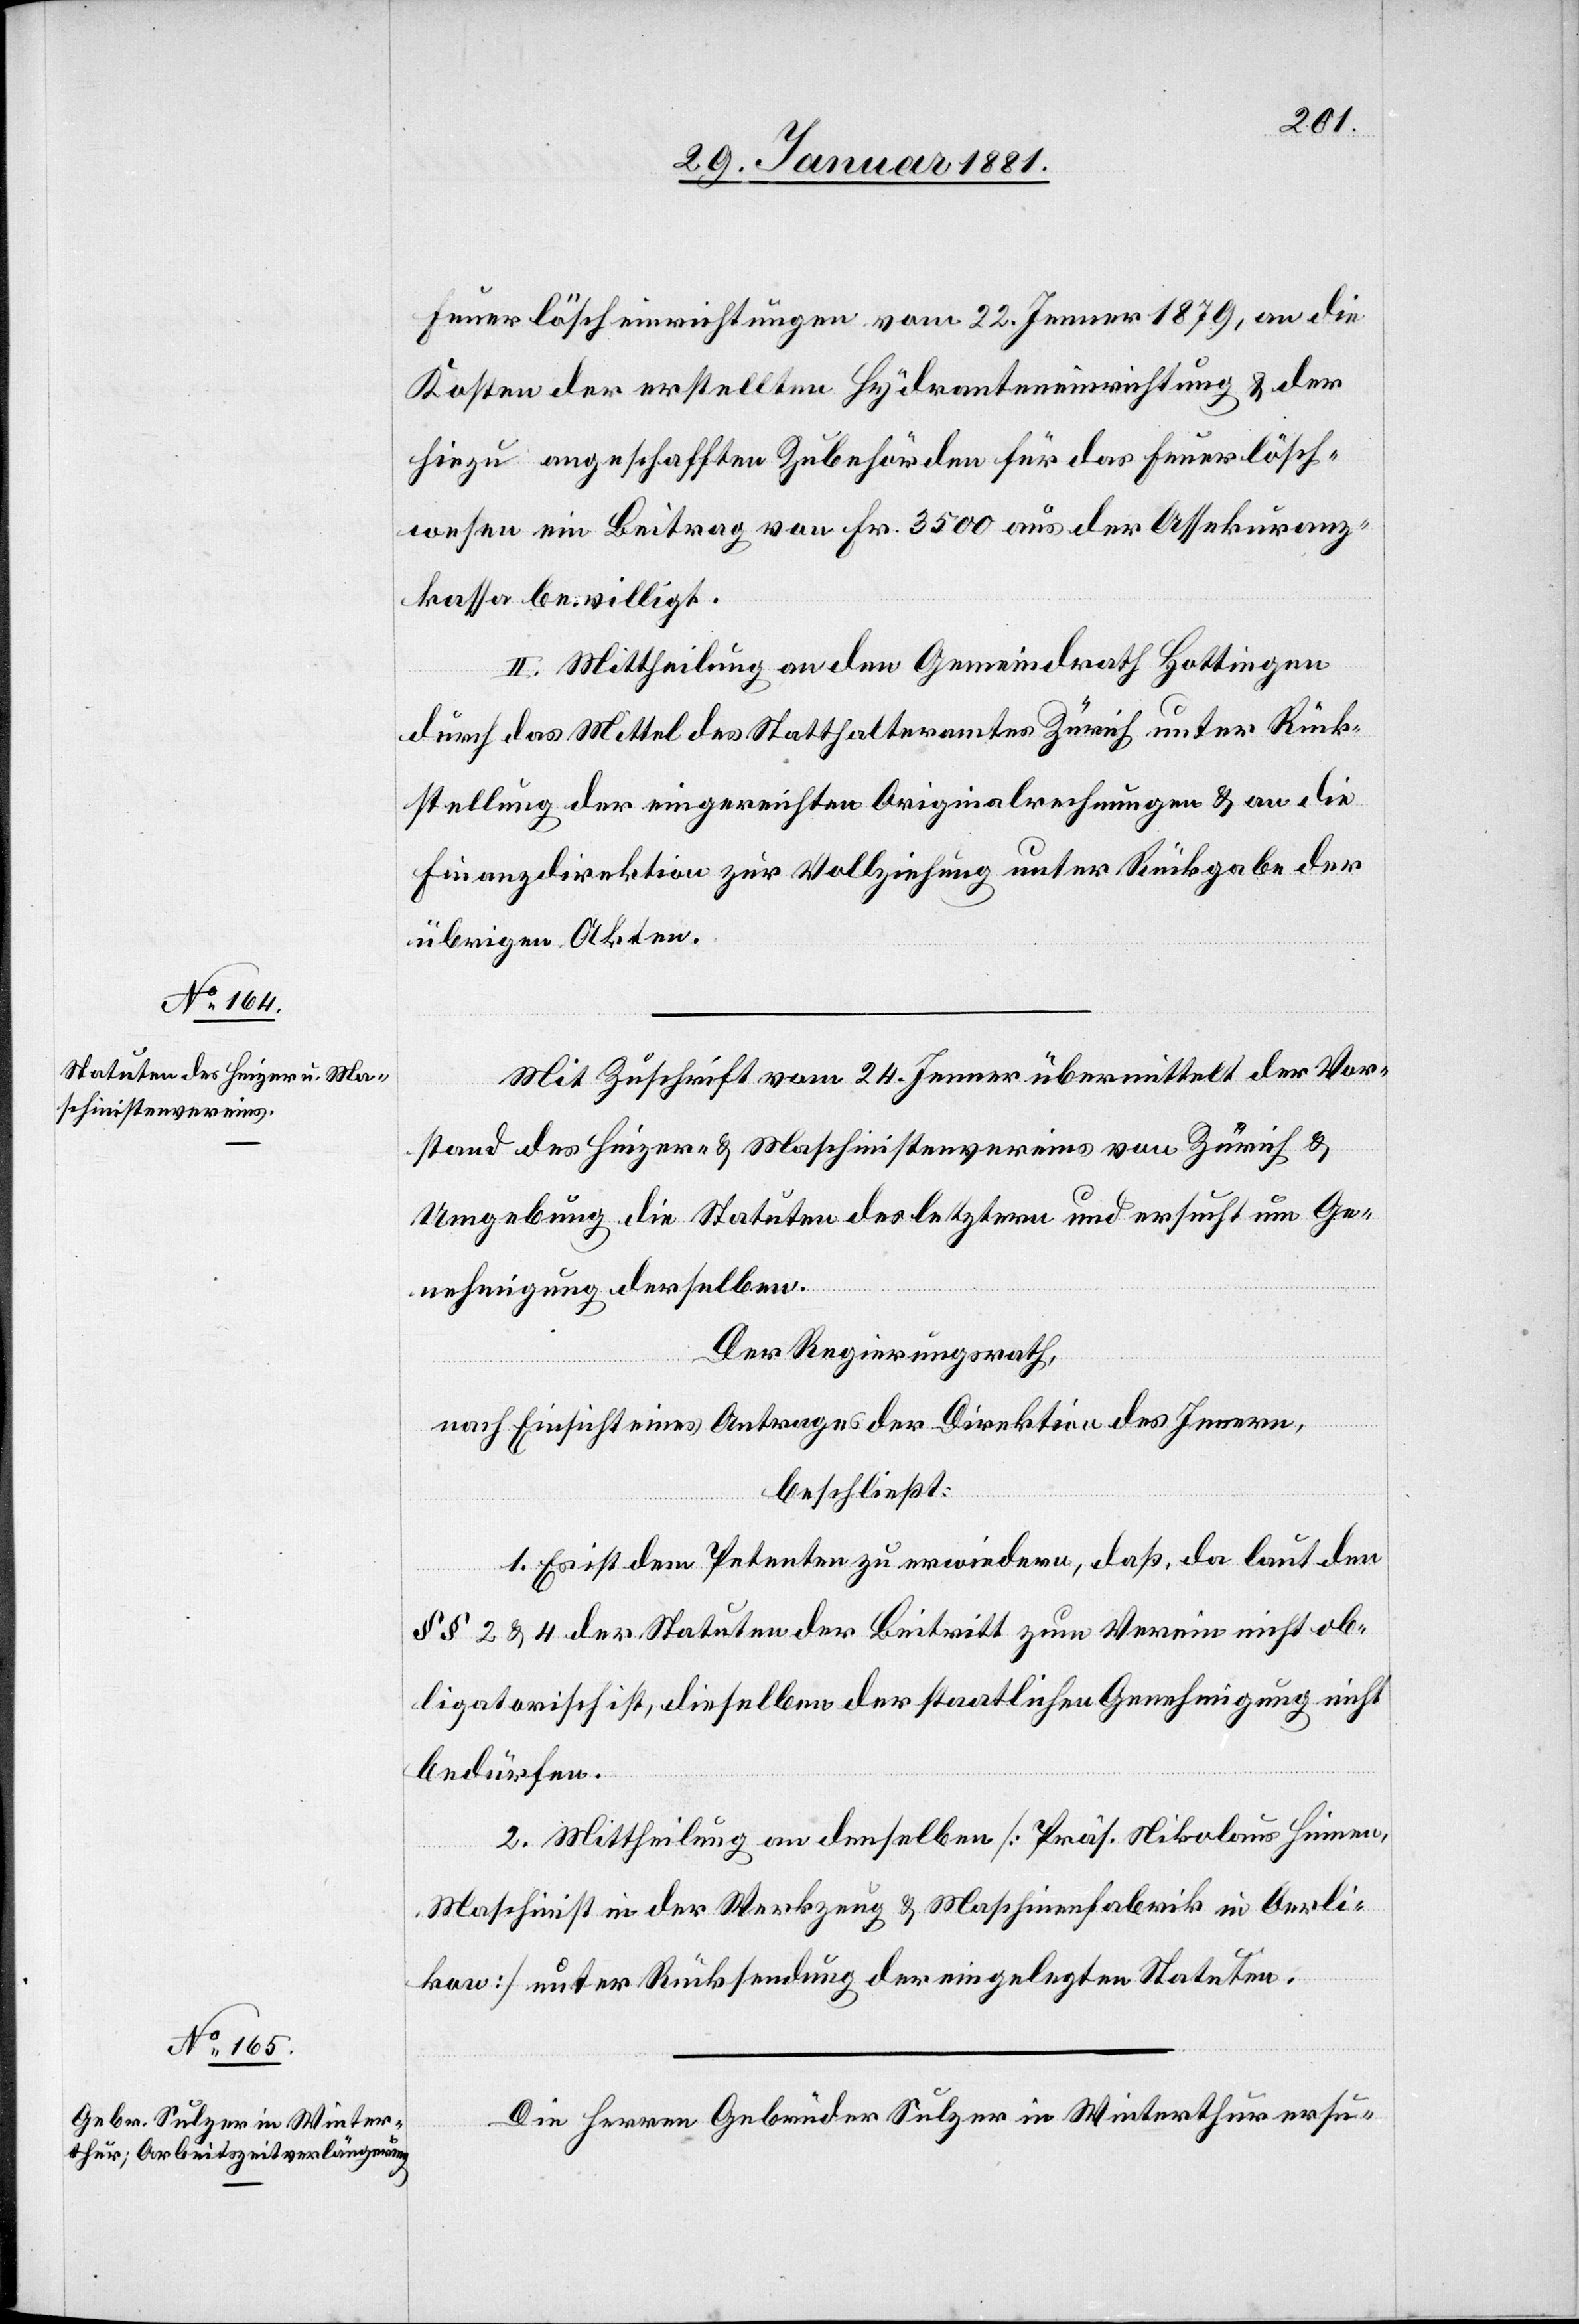
Feuerlöscheinrichtungen vom 22. Jenner 1879, an die
Kosten der erstellten Hydranteneinrichtung & der
hiezu angeschafften Zubehörden für das Feuerlösch¬
wesen ein Beitrag von Fr. 3500 aus der Assekuranz¬
kassa bewilligt.
II. Mittheilung an den Gemeindrath Hottingen
durch das Mittel des Statthalteramtes Zürich unter Rück¬
stellung der eingereichten Originalrechnungen & an die
Finanzdirektion zur Vollziehung unter Rückgabe der
übrigen Akten.
Mit Zuschrift vom 24. Jenner übermittelt der Vor¬
stand des Heizer- & Maschinistenvereins von Zürich &
Umgebung die Statuten des letztern und ersucht um Ge¬
nehmigung derselben.
Der Regierungsrath,
nach Einsicht eines Antrages der Direktion des Innern,
beschließt:
1. Es ist dem Petenten zu erwiedern, daß, da laut den
§§ 2 & 4 der Statuten der Beitritt zum Verein nicht ob¬
ligatorisch ist, dieselben der staatlichen Genehmigung nicht
bedürfen.
2. Mittheilung an denselben [Präs. Nikolaus Hinnen,
Maschinist in der Werkzeug & Maschinenfabrik in Oerli¬
kon] unter Rücksendung der eingelegten Statuten.
Die Herren Gebrüder Sulzer in Winterthur ersu-